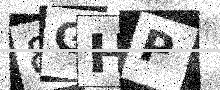
Text: 8GHP